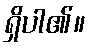
ရှိပါ၏။